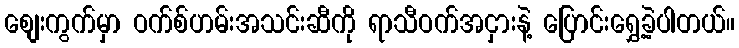
စျေးကွက်မှာ ဝက်စ်ဟမ်းအသင်းဆီကို ရာသီဝက်အငှားနဲ့ ပြောင်းရွှေ့ခဲ့ပါတယ်။